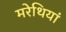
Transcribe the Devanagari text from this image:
मरेथियां